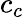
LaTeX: c_{c}